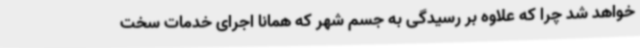
خواهد شد چرا که علاوه بر رسیدگی به جسم شهر که همانا اجرای خدمات سخت